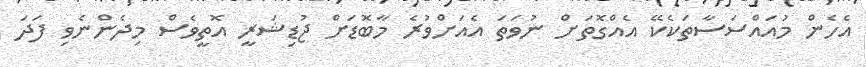
އެހެން މުއައްސަސާތަކެކޭ އެއްގޮތަށް ނުވަތަ އެއަށްވުރެ މާބޮޑަށް ޖުޑިޝަރީ އޮތީވެސް މިދެންނެވި ފަދަ